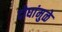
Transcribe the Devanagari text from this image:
दोघांमुळे